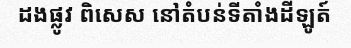
ដងផ្លូវ ពិសេស នៅតំបន់ទីតាំងដីឡូត៍